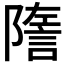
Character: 𧨧